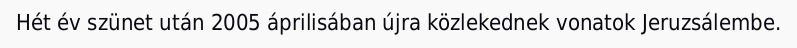
Hét év szünet után 2005 áprilisában újra közlekednek vonatok Jeruzsálembe.